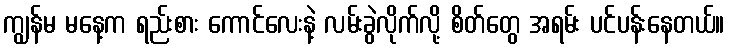
ကျွန်မ မနေ့က ရည်းစား ကောင်လေးနဲ့ လမ်းခွဲလိုက်လို့ စိတ်တွေ အရမ်း ပင်ပန်းနေတယ်။